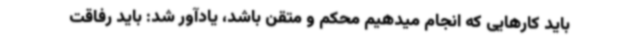
باید کارهایی که انجام میدهیم محکم و متقن باشد، یادآور شد: باید رفاقت